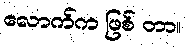
လောက်က ဖြစ် တာ။